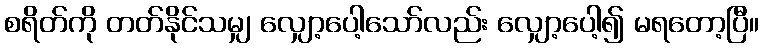
စရိတ်ကို တတ်နိုင်သမျှ လျှော့ပေါ့သော်လည်း လျှော့ပေါ့၍ မရတော့ပြီ။